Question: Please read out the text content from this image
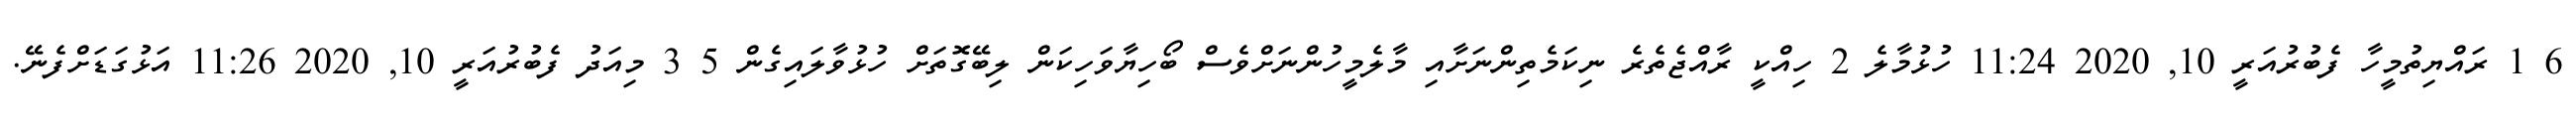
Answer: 6 1 ރައްޔިތުމީހާ ފެބުރުއަރީ 10, 2020 11:24 ހުޅުމާލެ 2 ހިއްކީ ރާއްޖެތެރެ ނިކަމެތިންނަށާއި މާލެމީހުންނަށްވެސް ބޯހިޔާވަހިކަން ލިބޭގޮތަށް ހުޅުވާލައިގެން 5 3 މިއަދު ފެބުރުއަރީ 10, 2020 11:26 އަޅުގަޑަށްފެނޭ.